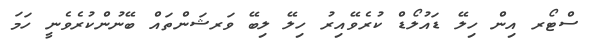
ސްޓޯރ އިން ހިލޭ ޑައުލޯޑް ކުރެވޭއިރު ހިލޭ ލިބޭ ވަރޝަންތައް ބޭނުންކުރެވެނީ ހަމަ